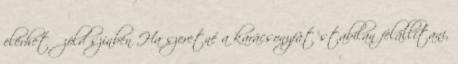
elérhető zöld színben Ha szeretné a karácsonyfát stabilan felállítani,